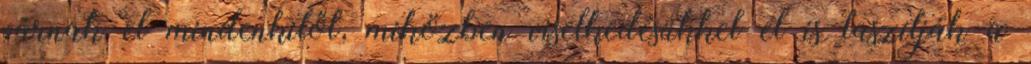
várnak el mindenkitől, miközben viselkedésükkel el is taszítják a